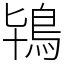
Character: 鴇